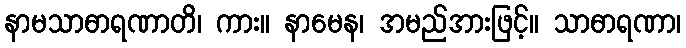
နာမသာဓာရဏာတိ၊ ကား။ နာမေန၊ အမည်အားဖြင့်။ သာဓာရဏာ၊